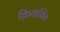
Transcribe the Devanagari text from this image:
क्रियाविंत